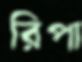
রিপা